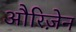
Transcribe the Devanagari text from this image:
औरिज़ेन